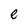
Character: e